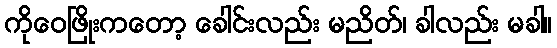
ကိုဝေဖြိုးကတော့ ခေါင်းလည်း မညိတ်၊ ခါလည်း မခါ။